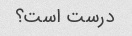
درست است؟